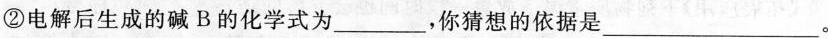
②电解后生成的碱B的化学式为___，你猜想的依据是___。